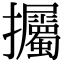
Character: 𢺡